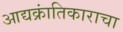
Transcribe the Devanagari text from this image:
आद्यक्रांतिकाराचा